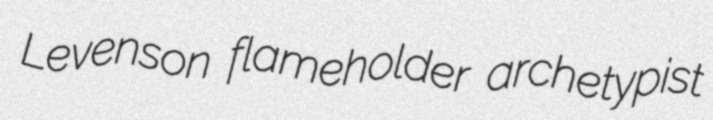
Levenson flameholder archetypist